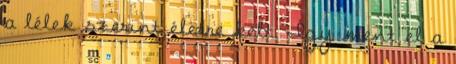
a lélek szerint életre kelt. Így ment el a